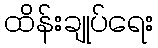
ထိန်းချုပ်ရေး